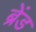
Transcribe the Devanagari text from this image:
ब्रेंड